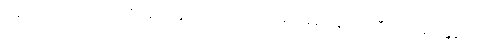
ပြန်လမ်းမရှိသော အာဂုံဆောင်နိုင်ခဲ့သည် အသေးစားချေးငွေများ ဘီးလင်းမဲဆန္ဒနယ်